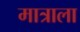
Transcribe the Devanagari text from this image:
मात्राला